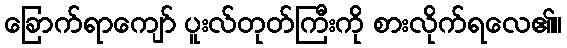
ခြောက်ရာကျော် ပူးလ်တုတ်ကြီးကို စားလိုက်ရလေ၏။